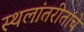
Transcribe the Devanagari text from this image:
स्थलांतरीतांचे